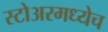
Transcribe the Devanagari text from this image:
स्टोअरमध्येच